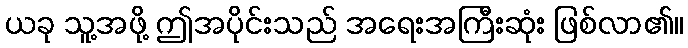
ယခု သူ့အဖို့ ဤအပိုင်းသည် အရေးအကြီးဆုံး ဖြစ်လာ၏။